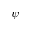
\psi